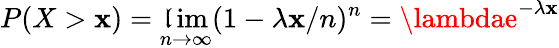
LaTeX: P(X>\mathbf{x})=\operatorname*{\mathfrak{l}im}_{n\to\infty}(1-\lambda\mathbf{x}/n)^{n}=\lambdae^{-\lambda\mathbf{x}}